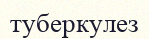
туберкулез